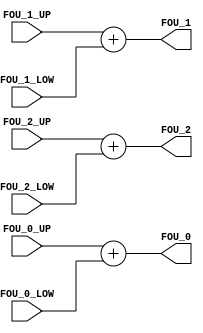
module soma(FOU_0_UP, FOU_1_UP, FOU_2_UP, FOU_0_LOW, FOU_1_LOW, FOU_2_LOW,
				FOU_0, FOU_1, FOU_2);

input [7:0] FOU_0_UP, FOU_1_UP, FOU_2_UP,
				FOU_0_LOW, FOU_1_LOW, FOU_2_LOW;

output [8:0] FOU_0, FOU_1, FOU_2;

assign FOU_0 = FOU_0_UP + FOU_0_LOW;
assign FOU_1 = FOU_1_UP + FOU_1_LOW;
assign FOU_2 = FOU_2_UP + FOU_2_LOW;

endmodule